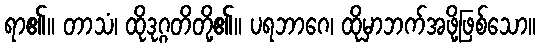
ရာ၏။ တာသံ၊ ထိုဒုဂ္ဂတိတို့၏။ ပရဘာဂေ၊ ထိုမှာဘက်အဖို့ဖြစ်သော။